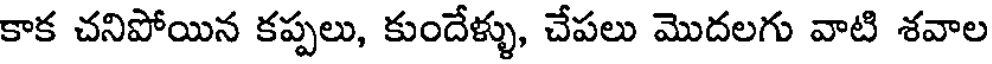
కాక చనిపోయిన కప్పలు, కుందేళ్ళు, చేపలు మొదలగు వాటి శవాల